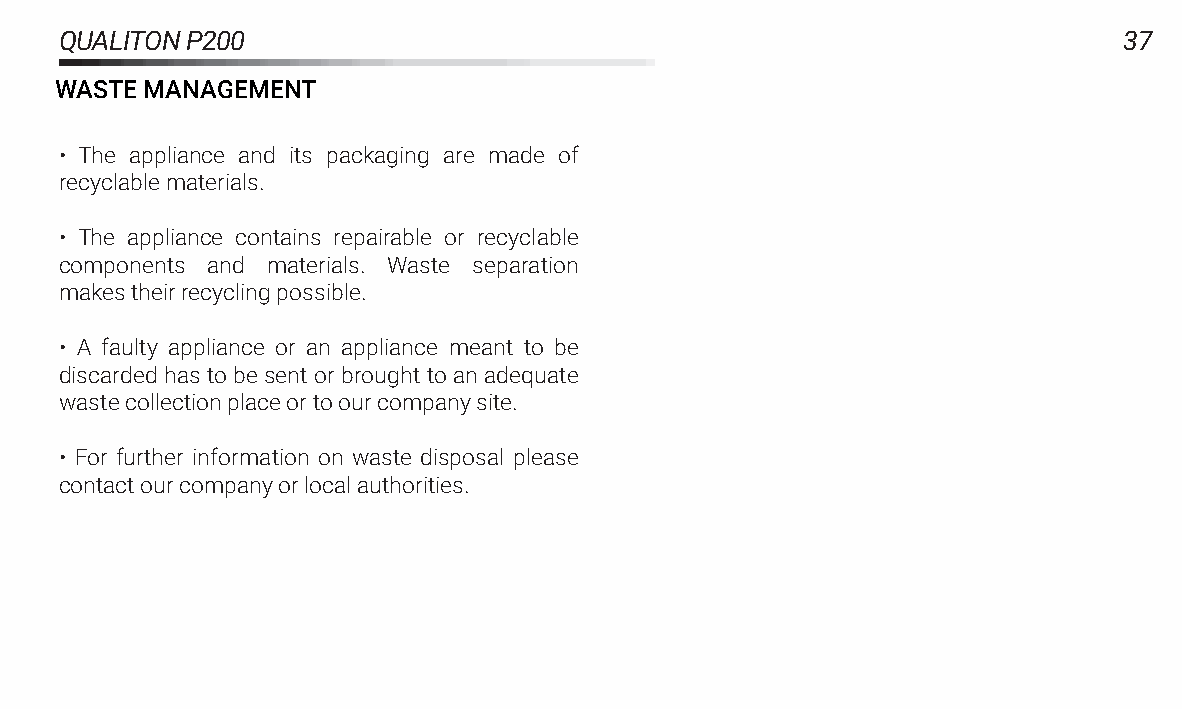
QUALITONP200                                                          37
 WASTEMANAGEMENT
 • The appliance and its packaging are made of
 recyclablematerials.
 • The appliance contains repairable or recyclable
 components and materials. Waste separation
 makestheirrecyclingpossible.
 • A faulty appliance or an appliance meant to be
 discarded has to be sent or brought to an adequate
 wastecollectionplaceortoourcompanysite.
 • For further information on waste disposal please
 contactourcompanyorlocalauthorities.